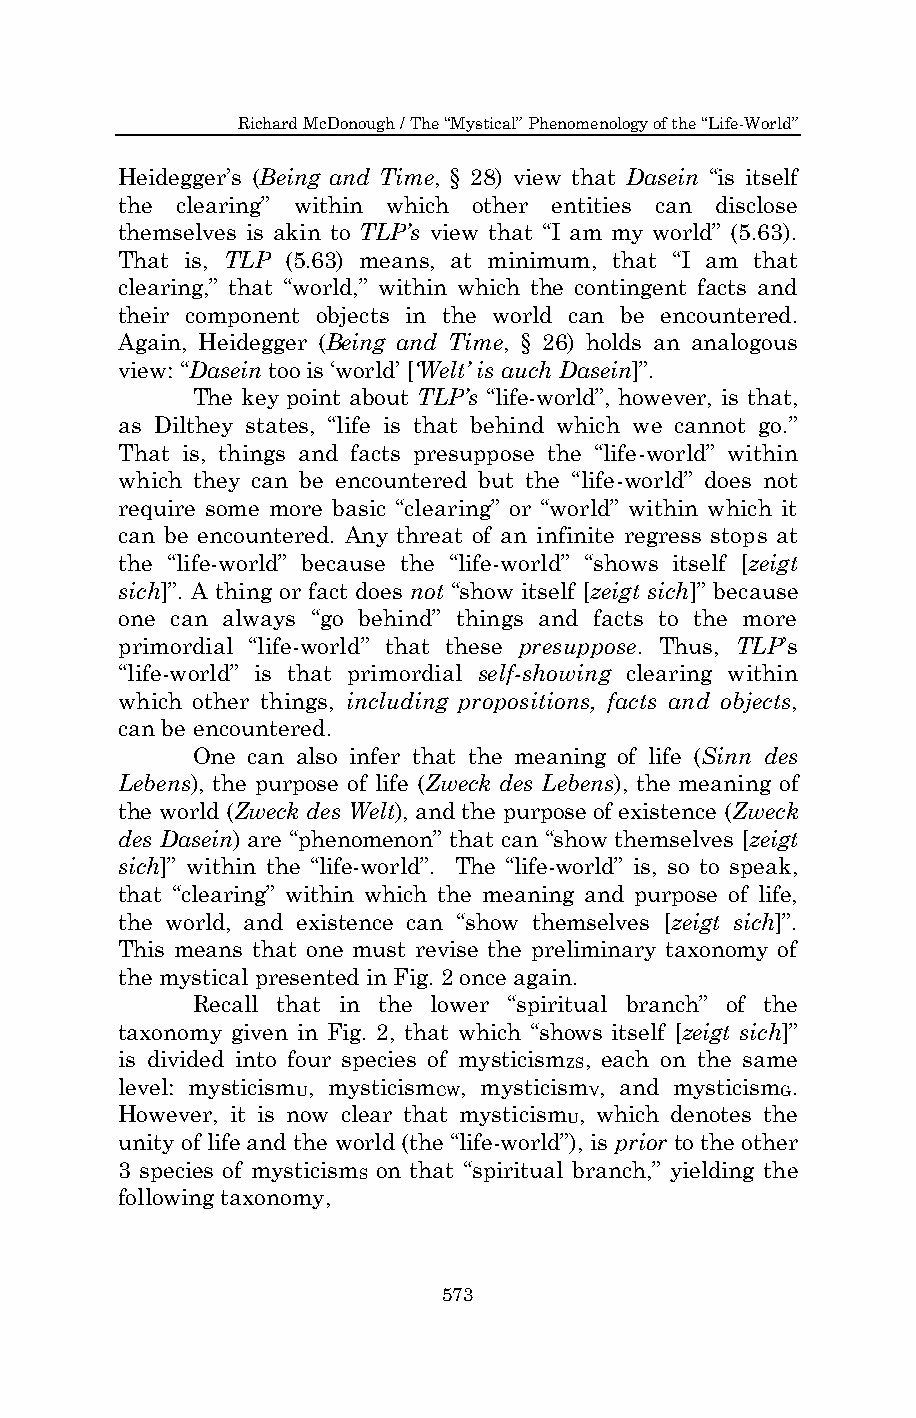
Richard McDonough / The “Mystical” Phenomenology of the “Life-World”
 Heidegger’s (Being and Time, § 28) view that Dasein “is itself
 the clearing” within which other entities can disclose
 themselves is akin to TLP’s view that “I am my world” (5.63).
 That is, TLP (5.63) means, at minimum, that “I am that
 clearing,” that “world,” within which the contingent facts and
 their component objects in the world can be encountered.
 Again, Heidegger (Being and Time, § 26) holds an analogous
 view: “Dasein too is ‘world’ [‘Welt’ is auch Dasein]”.
 The key point about TLP’s “life-world”, however, is that,
 as Dilthey states, “life is that behind which we cannot go.”
 That is, things and facts presuppose the “life-world” within
 which they can be encountered but the “life-world” does not
 require some more basic “clearing” or “world” within which it
 can be encountered. Any threat of an infinite regress stops at
 the “life-world” because the “life-world” “shows itself [zeigt
 sich]”. A thing or fact does not “show itself [zeigt sich]” because
 one can always “go behind” things and facts to the more
 primordial “life-world” that these presuppose. Thus, TLP’s
 “life-world” is that primordial self-showing clearing within
 which other things, including propositions, facts and objects,
 can be encountered.
 One can also infer that the meaning of life (Sinn des
 Lebens), the purpose of life (Zweck des Lebens), the meaning of
 the world (Zweck des Welt), and the purpose of existence (Zweck
 des Dasein) are “phenomenon” that can “show themselves [zeigt
 sich]” within the “life-world”. The “life-world” is, so to speak,
 that “clearing” within which the meaning and purpose of life,
 the world, and existence can “show themselves [zeigt sich]”.
 This means that one must revise the preliminary taxonomy of
 the mystical presented in Fig. 2 once again.
 Recall that in the lower “spiritual branch” of the
 taxonomy given in Fig. 2, that which “shows itself [zeigt sich]”
 is divided into four species of mysticism , each on the same
 ZS
 level: mysticism , mysticism , mysticism , and mysticism .
 U        CW        V            G
 However, it is now clear that mysticism , which denotes the
 U
 unity of life and the world (the “life-world”), is prior to the other
 3 species of mysticism on that “spiritual branch,” yielding the
 S
 following taxonomy,
 573